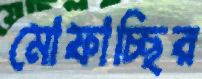
মোফাচ্ছির